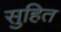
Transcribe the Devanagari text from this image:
सुहित